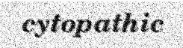
cytopathic